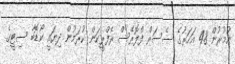
އުމުރުން 48 އަހަރުގެ ސެސަރް ފްލޮރޭސް ރެފްރީކަން ކުރަމުން ދިޔައީ ކޯޑޮބާ ސިޓީގެ